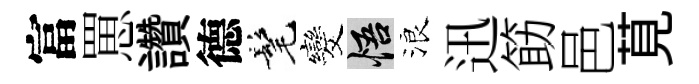
富罳讚德髦发悟浪迅筯邑莧